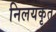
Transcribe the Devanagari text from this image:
निलयकृत